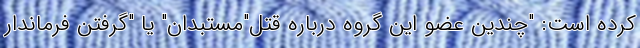
کرده است: "چندین عضو این گروه درباره قتل"مستبدان" یا "گرفتن فرماندار